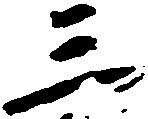
三